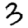
Digit: 3